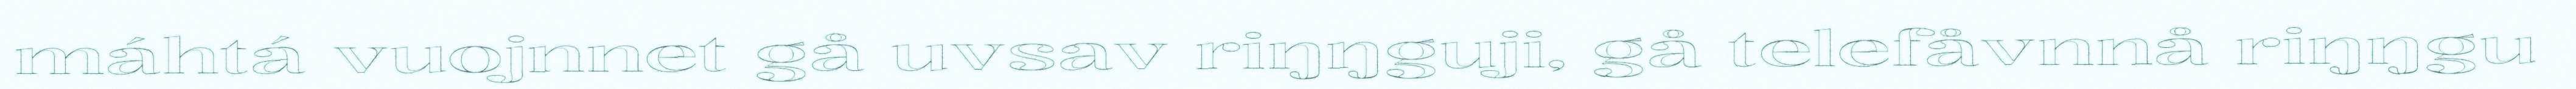
máhtá vuojnnet gå uvsav riŋŋguji, gå telefåvnnå riŋŋgu